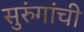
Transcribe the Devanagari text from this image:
सुरुंगांची